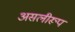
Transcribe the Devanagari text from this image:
असलीरूप